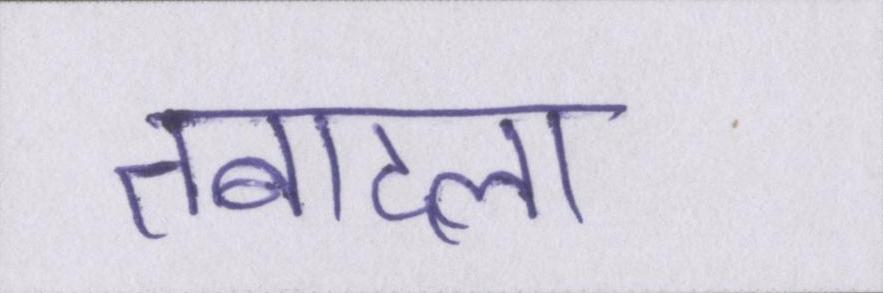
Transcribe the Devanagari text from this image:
तबादला